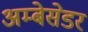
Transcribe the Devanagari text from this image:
अम्बेसेडर